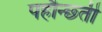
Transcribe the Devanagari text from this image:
पहौन्छ्ती